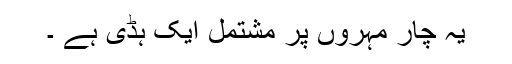
یہ چار مہروں پر مشتمل ایک ہڈی ہے ۔